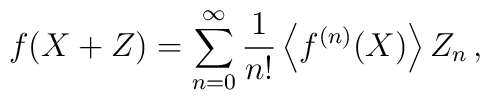
f(X+Z)= \sum_{n=0}^\infty\frac{1}{n!} \left\langle f^{(n)}(X) \right\rangle Z_n \,,